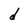
Character: d